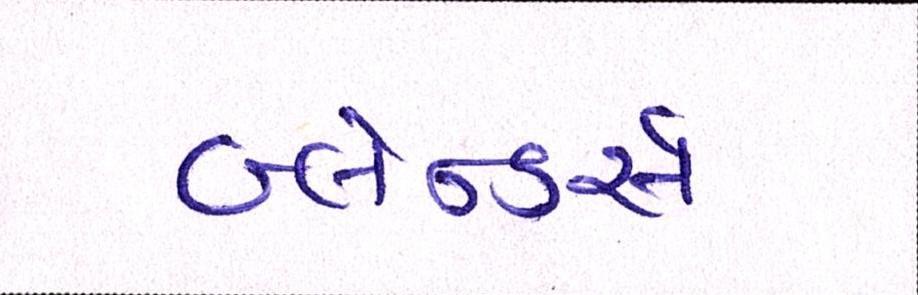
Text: બ્લેન્ડર્સ